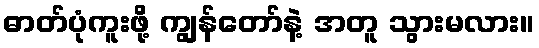
ဓာတ်ပုံကူးဖို့ ကျွန်တော်နဲ့ အတူ သွားမလား။